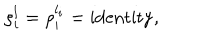
LaTeX: \rho _ { i } ^ { l } = \rho _ { i } ^ { l _ { i } } = \mathrm { i d e n t i t y } ,